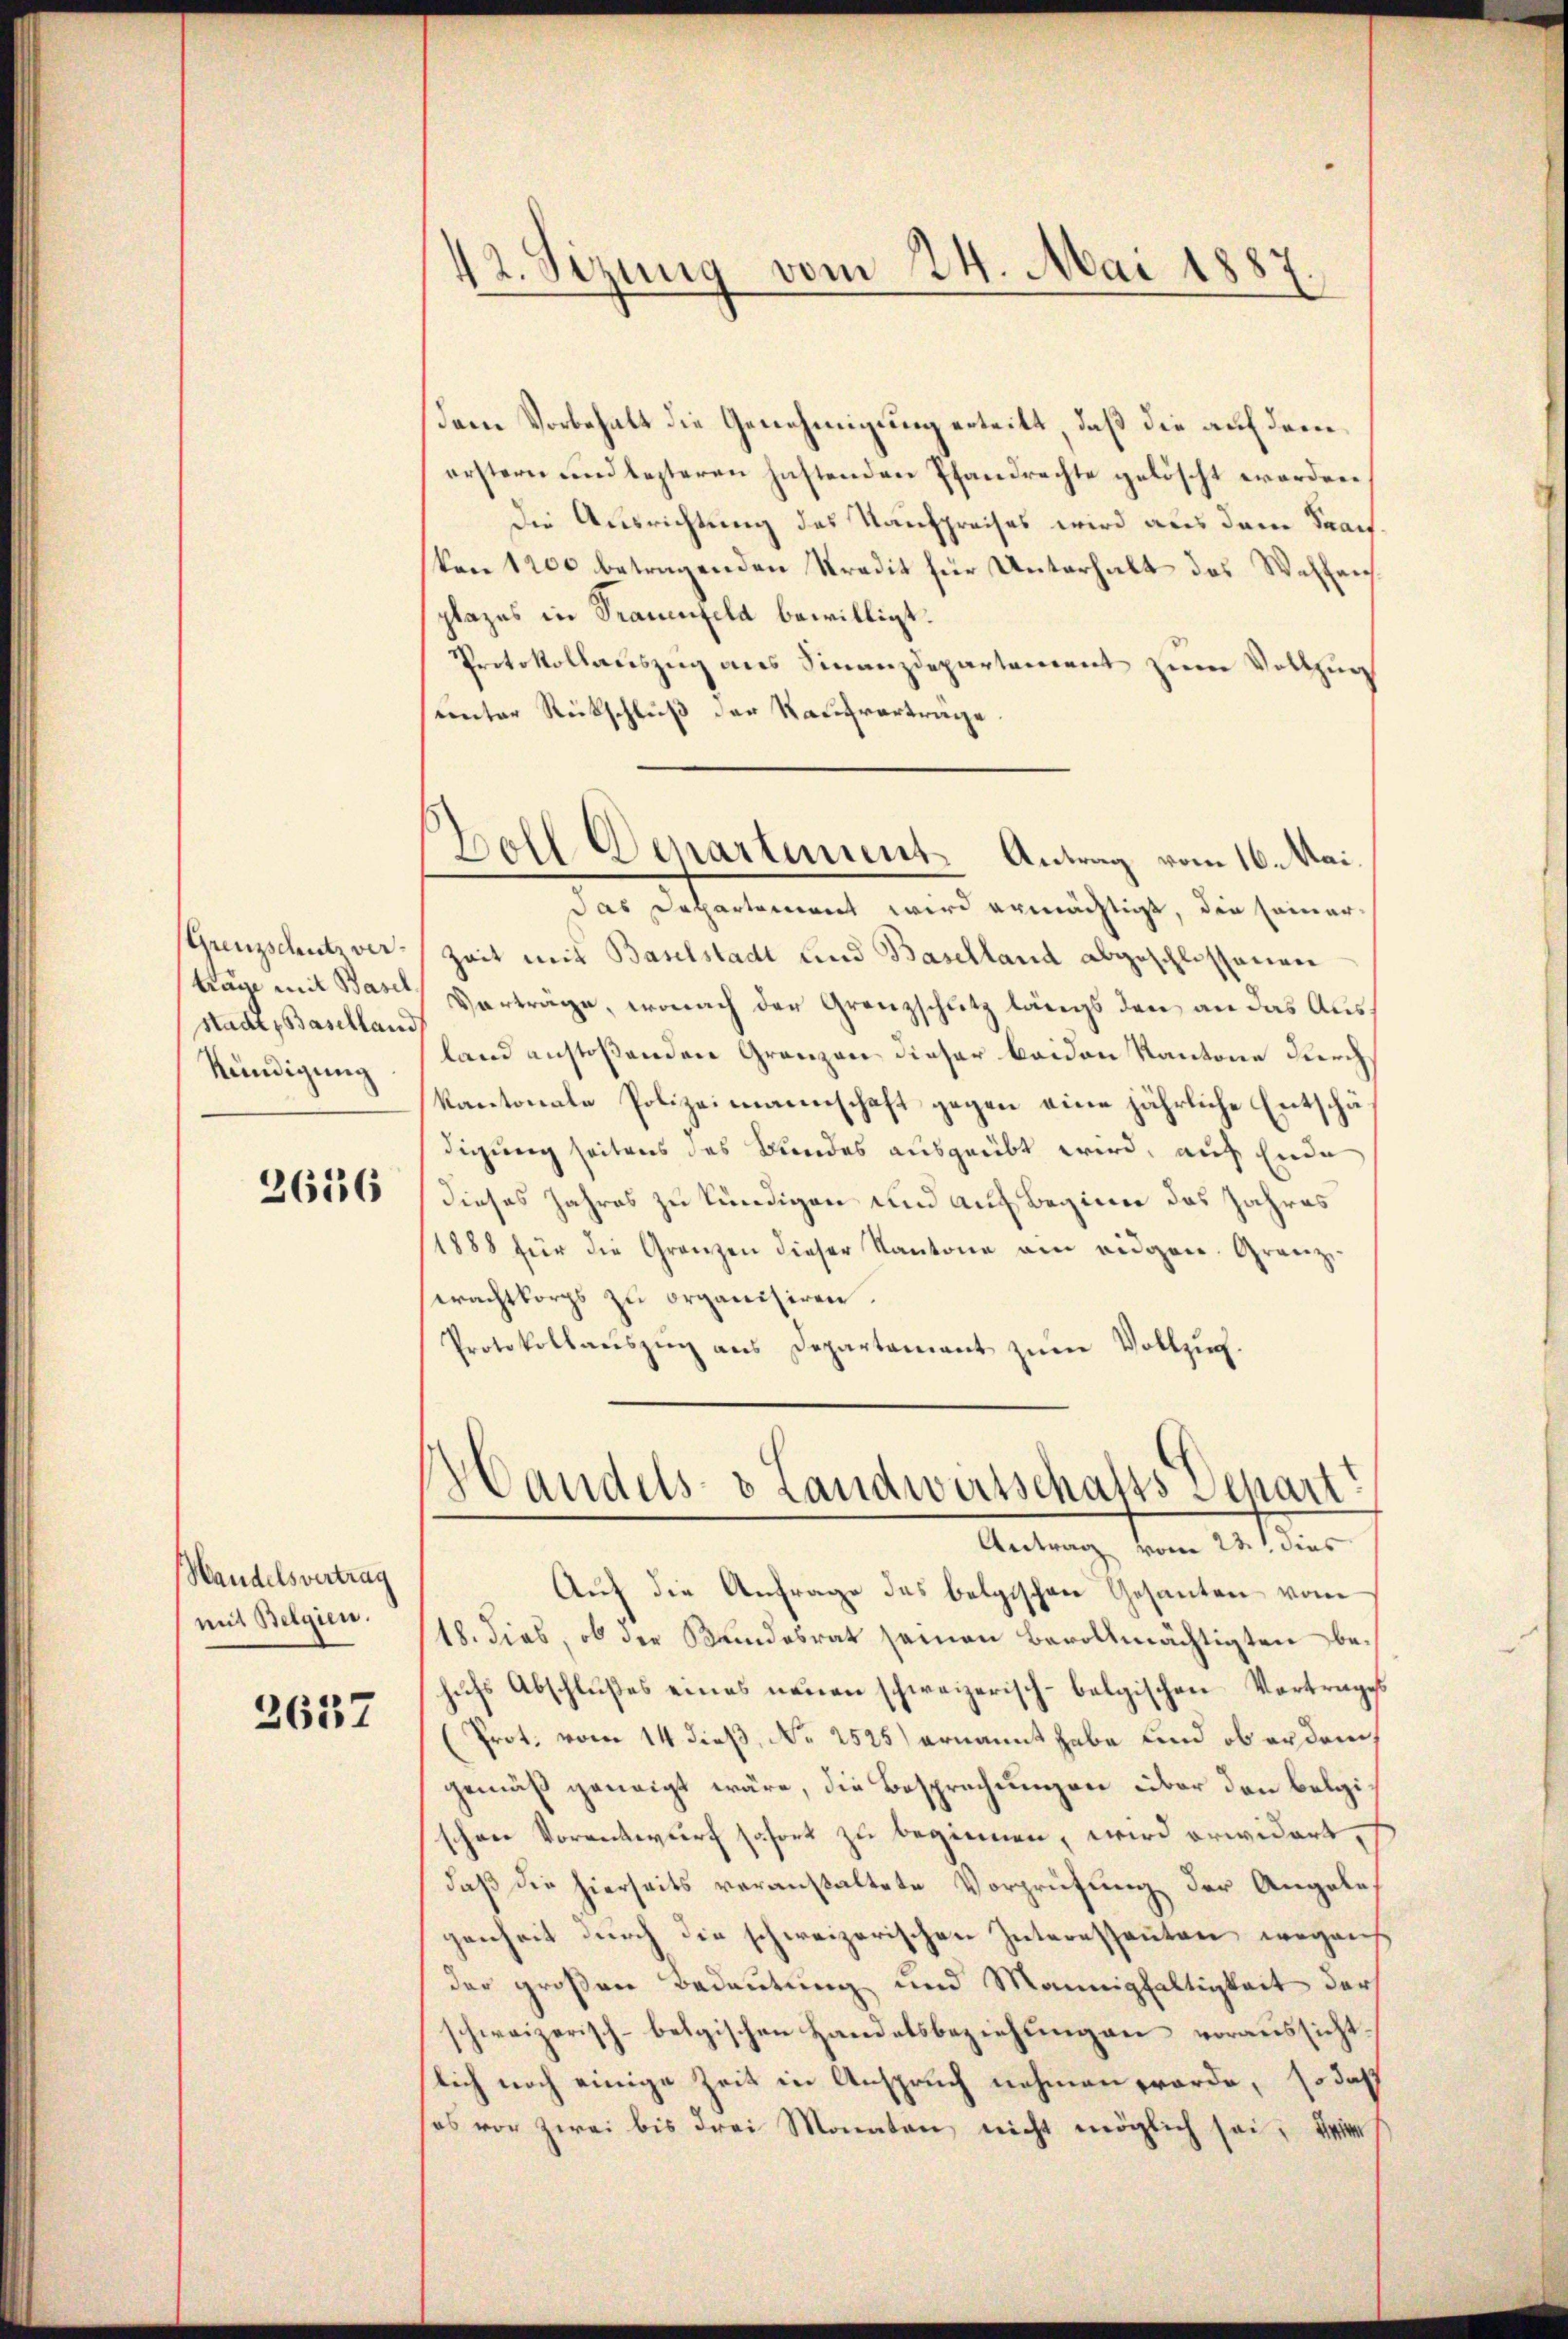
Grenzschutz ver-
stadt, Baselland
Kündigung

2616

Wandelsvertrag
mit Belgien.

2637

42. Sizung vom 24. Mai 1887

dem Vorbehalt die Genehmigung erteilt, daß die auf dem
erstern und lezteren haftenden Pfandrechte gelöscht worden.
Die Ausrichtung des Kaufpreises wird aus dem Prachken 1200 betragenden Kredit für Unterhalt des Waffen
plazes in Trauenfeld bewilligt.
Protokollauszug aus Finanzdepartement zum Vollzug
sunter Rückschluß der Kaufverträge
das Departement wird ermächtigt, die seiner-
Zeit mit Baselstadt und Baselland abgeschlossenen
träge mit Bar Vorträge, wonach der Grenzschutz längs den an das Ausland anstoßenden Granzen dieser beiden Kantone durch
kantonate Polizeimannschaft gegen eine jährliche Entschädigung seitens des Bundes ausgeübt wird, auf Ende
dieses Jahres zu kündigen und auf Beginne das Jahres
/1888 für die Gränzen dieser Kantone ein eidgen. Granz
eachtkorps zu organisiren.
Protokollaŭszŭg ans Departamant zŭm Vollzŭg.
Handels- & Landwirtschafts Separt.
Antrag vom 23. t dies
Auf die Anfrage des belgischen Gesandten vom
18. dies, ob die Kundesrat seinen Bevollmächtigten behufs Abschlußes eines neuen schweizerisch-belgischen Vortrages
(Prot. vom 14. dieß, No 2525) ernannt habe und ob er douch
gemäß geneigt wäre, die Besprechungen über den belgischon Vorantwurf sofort zu beginnen, wird erwidert, s
daß die hierseits veranstaltete Vorprüfung der Angelegenheit durch die schweizerischen Interessanten, wegens
der großen Bedeutung und Mannigfaltigkeit darf
schweizerisch-belgischen Handelsbeziehung an voraussichtslich noch einige Zeit in Anspruch nehmen worde, so daß
ses vor zwei bis drei Monaten, nicht möglich sei, die

Boll Departements Antrag vom 16. Mai.